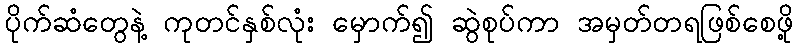
ပိုက်ဆံတွေနဲ့ ကုတင်နှစ်လုံး မှောက်၍ ဆွဲစုပ်ကာ အမှတ်တရဖြစ်စေဖို့